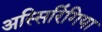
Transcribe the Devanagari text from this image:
अस्सिरिंगिया